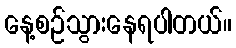
နေ့စဉ်သွားနေရပါတယ်။